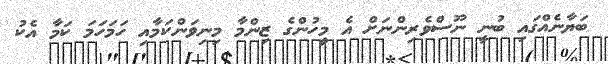
ބަޔާނެއްގައި ބުނީ ނޫސްވެރިންނަށް އެ މީހުންގެ ޒިންމާ މިނިވަންކަމާއި ހަމަހަމަ ކަމާ އެކު